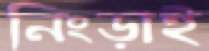
নিংড়াই